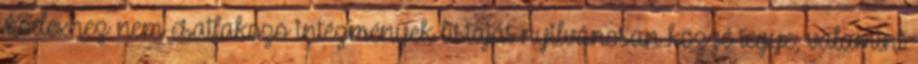
Kódexhez nem csatlakozó intézmények listáját nyilvánosan közzé tegye, valamint